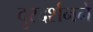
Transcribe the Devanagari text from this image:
दुरदर्शनने